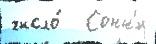
число́   Сонн'и